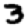
Digit: 3